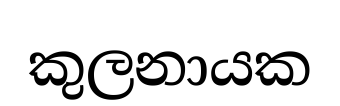
කුලනායක